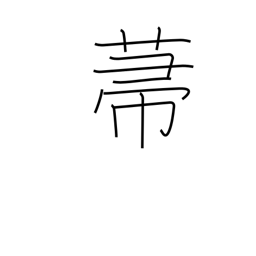
Meaning: broom